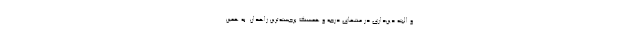
و البته دین‌داری در منتهای درجه و همسنگ برجسته‌ترین زاهدان. به همین